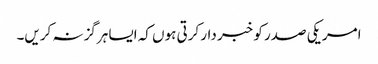
امریکی صدر کو خبر دار کرتی ہوں کہ ایسا ہرگز نہ کریں۔